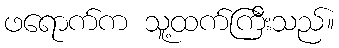
ဖရောက်က သူ့ထက်ကြီးသည်။